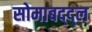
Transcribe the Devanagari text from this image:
सोमाबद्द्ल